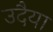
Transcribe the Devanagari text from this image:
उदैया